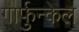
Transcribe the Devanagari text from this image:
गार्फुन्केल